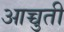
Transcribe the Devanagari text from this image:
आच्चुती